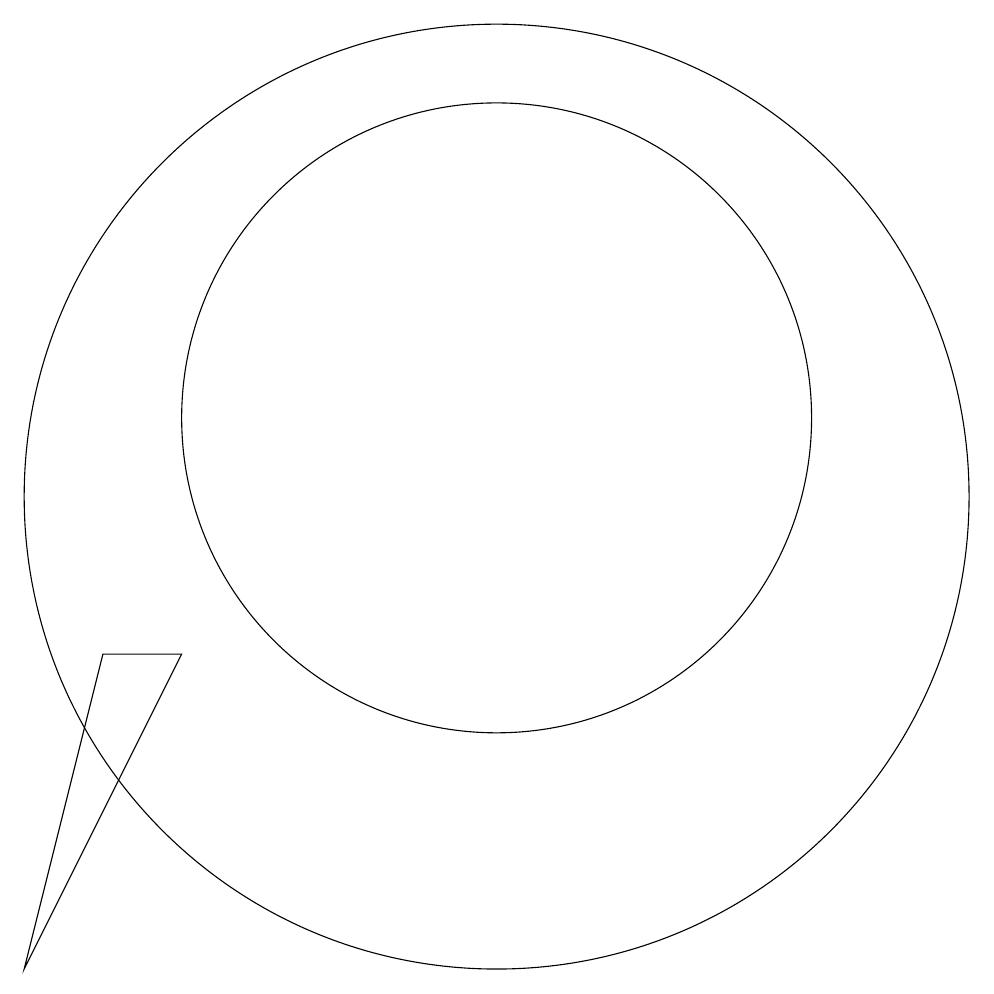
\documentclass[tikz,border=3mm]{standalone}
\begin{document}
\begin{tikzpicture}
\draw (10,12) circle (4);
\draw (10,11) circle (6);
\draw (6,9) -- (4,5) -- (5,9) -- cycle;
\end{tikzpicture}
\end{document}